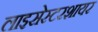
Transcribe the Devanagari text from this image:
लाइसेस्टरशायर